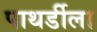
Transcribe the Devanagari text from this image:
पाथर्डीला